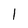
Character: 1